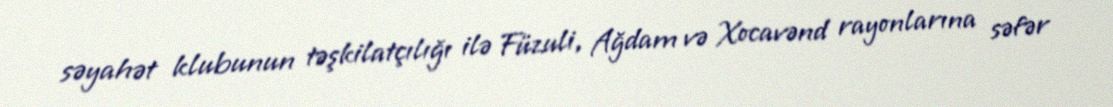
səyahət klubunun təşkilatçılığı ilə Füzuli, Ağdam və Xocavənd rayonlarına səfər